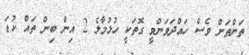
ތަންތަން ވެސް ހައްދަވަންވީ ގޮތަކީ ހުޅުމާލެ 2 އިން ބިން ތައް ކުޑަ